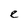
Character: e